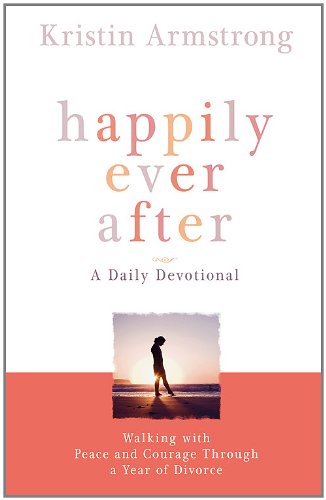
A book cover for Happily Ever After: Walking with Peace and Courage Through a Year of Divorce; Kristin Armstrong; Parenting & Relationships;